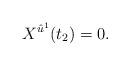
LaTeX: \begin{align*}X^{\hat{u}^1}(t_2)=0.\end{align*}